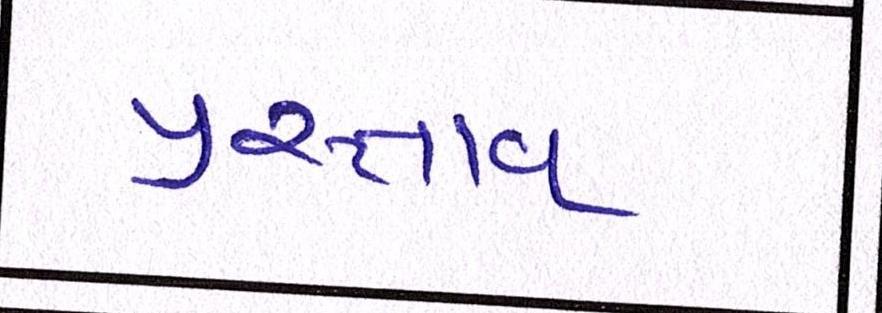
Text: પ્રસ્તાવ